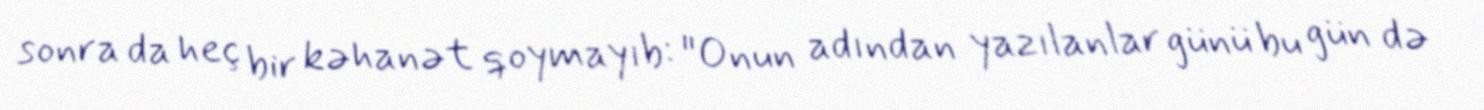
sonra da heç bir kəhanət qoymayıb: "Onun adından yazılanlar günü bu gün də